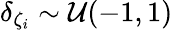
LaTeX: \delta_{\zeta_{i}}\sim\mathcal{U}(-1,1)